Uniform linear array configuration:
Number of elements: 4
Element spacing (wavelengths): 0.75
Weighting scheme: blackman
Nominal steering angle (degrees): -45
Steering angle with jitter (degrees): -46.898
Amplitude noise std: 0.05
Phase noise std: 0.05

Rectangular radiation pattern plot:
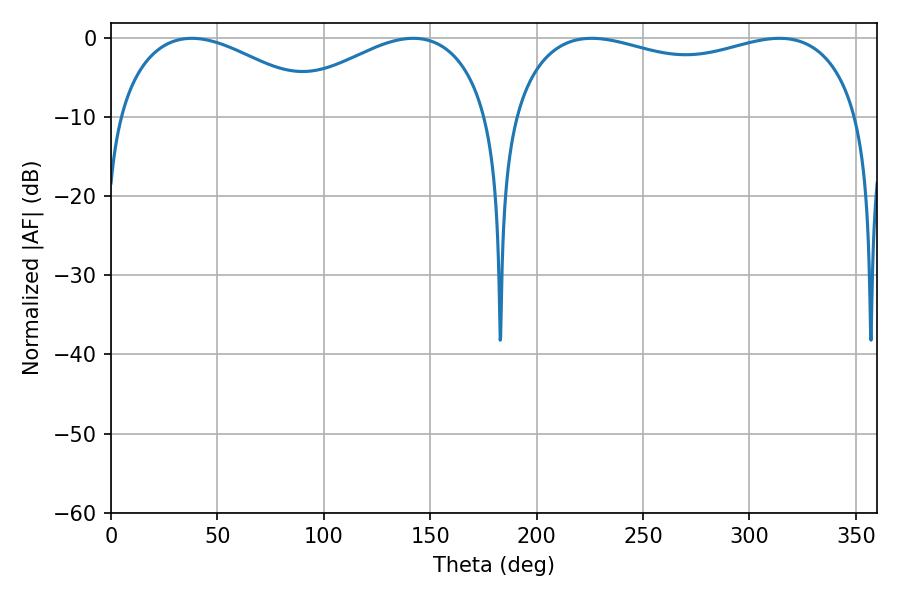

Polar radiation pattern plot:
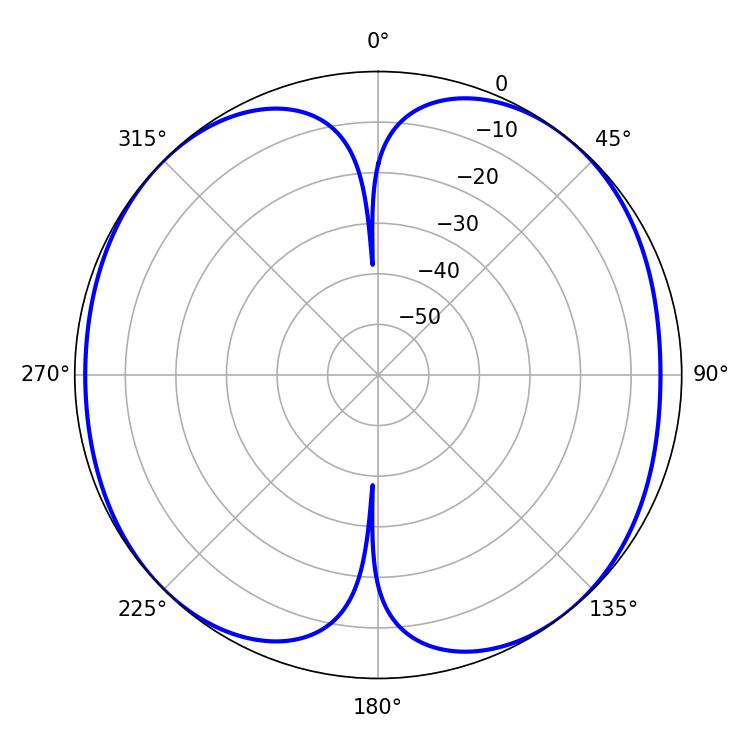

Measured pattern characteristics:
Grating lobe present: TRUE
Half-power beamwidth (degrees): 134.64
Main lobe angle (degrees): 225.9